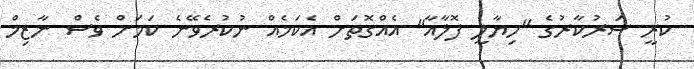
ކުރީ ސަރުކާރުގެ "ހިޔާލީ ފޮލާއާ" އެއްގޮތަށް އެކަމެއް ނުކުރެވޭނެ ކަމަށް ވެސް ނާޒިމް